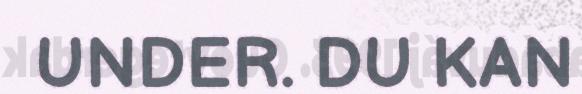
UNDER. DU KAN